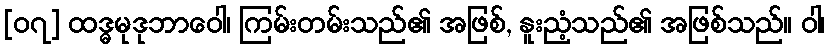
[၀၇] ထဒ္ဓမုဒုဘာဝေါ၊ ကြမ်းတမ်းသည်၏ အဖြစ်, နူးညံ့သည်၏ အဖြစ်သည်။ ဝါ၊